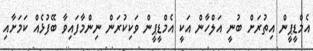
އެމްޑީޕީން އިތުރަށް ބުނީ އަލްހާން އަކީ އެމްޑީޕީން ވަކިކުރަން ނިންމާފައިވާ ބޭފުޅެއް ކަމަށާއި